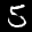
Digit: 5